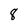
Character: 8